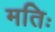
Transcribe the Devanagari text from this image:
मतिः